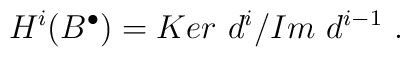
H^{i}(B^{\bullet})={Ker\ d^{i}}/{Im\ d^{i-1}}\ .